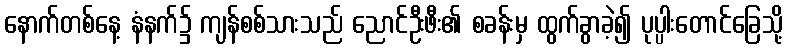
နောက်တစ်နေ့ နံနက်၌ ကျန်စစ်သားသည် ညောင်ဦးဖီး၏ စခန်းမှ ထွက်ခွာခဲ့၍ ပုပ္ပါးတောင်ခြေသို့